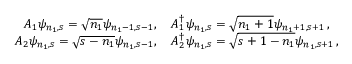
\begin{array} { r l } { A _ { 1 } \psi _ { n _ { 1 } , s } = \sqrt { n _ { 1 } } \psi _ { n _ { 1 } - 1 , s - 1 } , \thinspace } & { A _ { 1 } ^ { \dagger } \psi _ { n _ { 1 } , s } = \sqrt { n _ { 1 } + 1 } \psi _ { n _ { 1 } + 1 , s + 1 } \thinspace , } \\ { A _ { 2 } \psi _ { n _ { 1 } , s } = \sqrt { s - n _ { 1 } } \psi _ { n _ { 1 } , s - 1 } , \thinspace } & { A _ { 2 } ^ { \dagger } \psi _ { n _ { 1 } , s } = \sqrt { s + 1 - n _ { 1 } } \psi _ { n _ { 1 } , s + 1 } \thinspace , } \end{array}